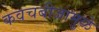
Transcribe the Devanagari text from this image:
कवचबीजामुळे